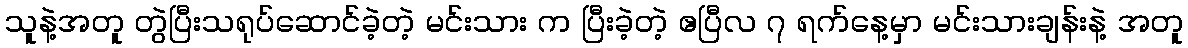
သူနဲ့အတူ တွဲပြီးသရုပ်ဆောင်ခဲ့တဲ့ မင်းသား က ပြီးခဲ့တဲ့ ဧပြီလ ၇ ရက်နေ့မှာ မင်းသားချန်းနဲ့ အတူ